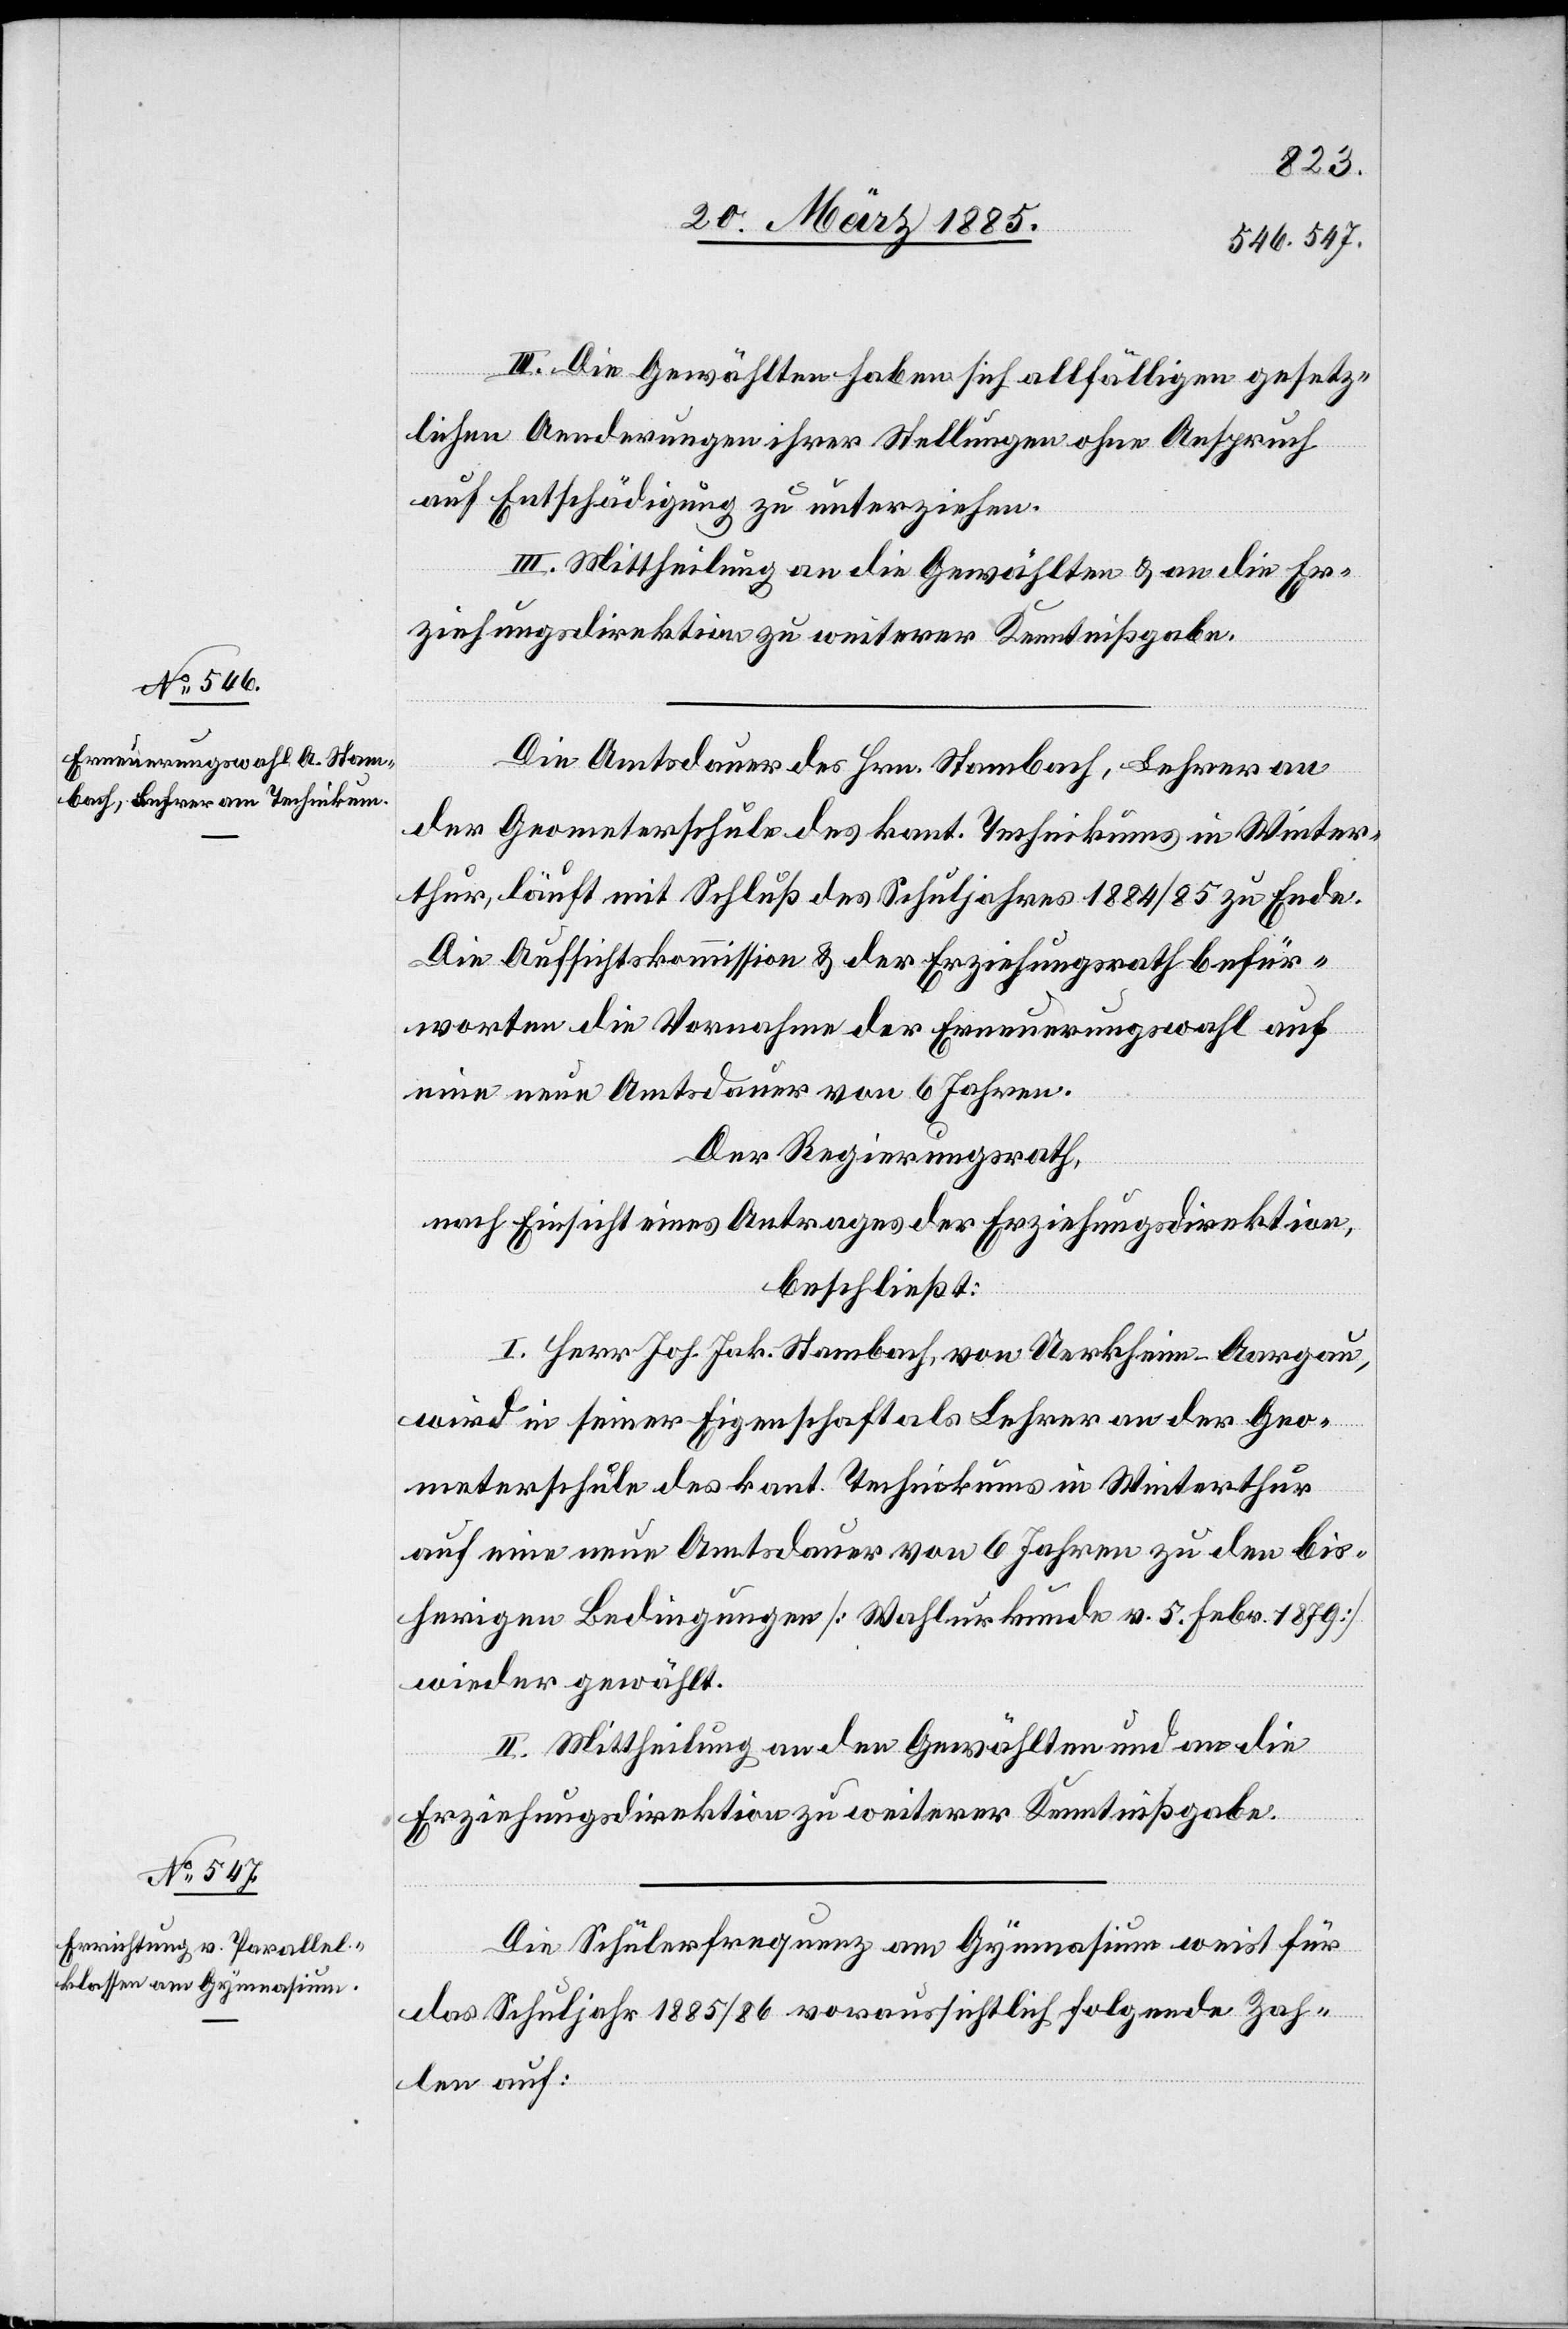
III. Die Gewählten haben sich allfälligen gesetz¬
lichen Aenderungen ihrer Stellungen ohne Anspruch
auf Entschädigung zu unterziehen.
Mittheilung an die Gewählten & an die Er¬
ziehungsdirektion zu weiterer Kenntnißgabe.
Die Amtsdauer des Hrn. Stambach, Lehrer an
der Geometerschule des kant. Technikums in Winter¬
thur, läuft mit Schluß des Schuljahres 1884/85 zu Ende.
Die Aufsichtskommission & der Erziehungsrath befür¬
worten die Vornahme der Erneuerungswahl auf
eine neue Amtsdauer von 6 Jahren.
Der Regierungsrath,
nach Einsicht eines Antrages der Erziehungsdirektion,
beschließt:
I. Herr Joh. Jak. Stambach [sic!], von Uerkheim - Aargau,
wird in seiner Eigenschaft als Lehrer an der Geo¬
meterschule des kant. Technikums in Winterthur
auf eine neue Amtsdauer von 6 Jahren zu den bis¬
herigen Bedingungen [Wahlurkunde v. 5. Febr. 1879]
wieder gewählt.
II. Mittheilung an den Gewählten und an die
Erziehungsdirektion zu weiterer Kenntnißgabe.
Die Schülerfrequenz am Gymnasium weist für
das Schuljahr 1885/86 voraussichtlich folgende Zah¬
len auf: